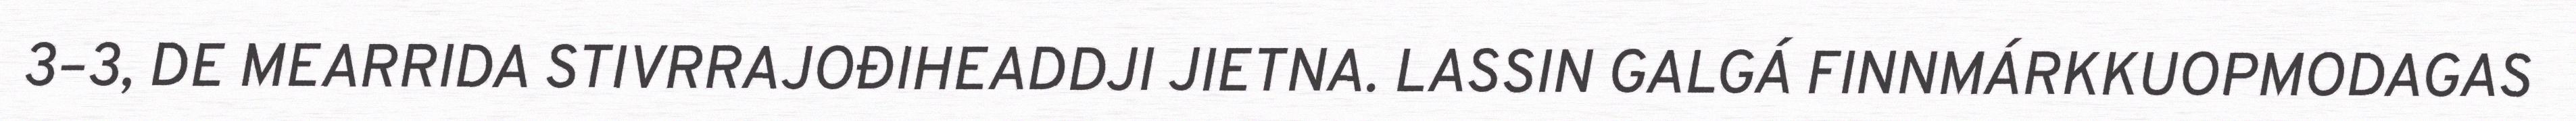
3–3, DE MEARRIDA STIVRRAJOĐIHEADDJI JIETNA. LASSIN GALGÁ FINNMÁRKKUOPMODAGAS